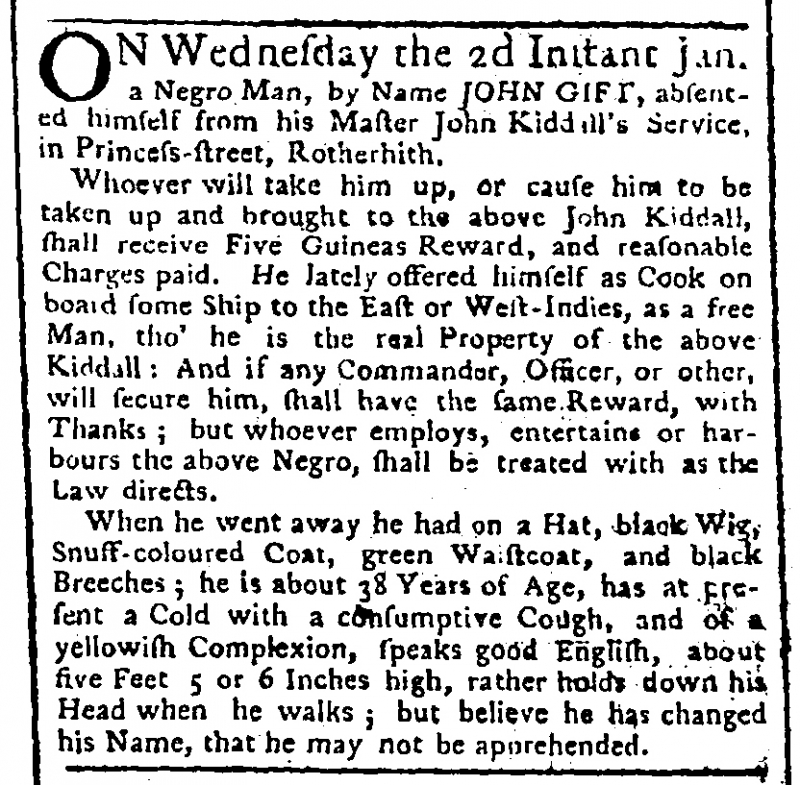
Public Advertiser, 10 January 1765 (England)
ON Wednesday the 2d Instant Jan. a Negro Man, by Name JOHN GIFT, absented himself from his Master John Kiddall’s Service, in Princess-street, Rotherith.  Whoever will take him up, or cause him to be taken up and brought to the above John Kiddall, shall receive Five Guineas Reward, and reasonable charges paid. He lately offered himself as Cook on board some Ship to the East or West-Indies, as a free Man, tho’ he is the real Property of the above Kiddall: And if any Commander, Officer, or other, will secure him, shall have the same Reward, with Thanks; but whoever employs, entertains or harbours the above Negro, shall be treated as the Law directs.   When he went away, he had on a Hat, black Wig, Snuff-coloured Coat, green Waistcoat, and black Breeches; he is about 38 Years of Age, has at present a Cold with a consumptive Cough, and of a yellowish Complexion, speaks good English, about five Feet 5 or 6 Inches high, rather holds down his Head when he walks; but believe he has changed his Name, that he may not be apprehended.